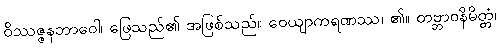
ဝိဿဇ္ဇနဘာဝေါ၊ ဖြေသည်၏ အဖြစ်သည်။ ဝေယျာကရဏဿ၊ ၏။ တဗ္ဘာဝနိမိတ္တံ၊